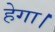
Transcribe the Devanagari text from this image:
हेगा।